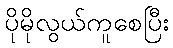
ပိုမိုလွယ်ကူစေပြီး